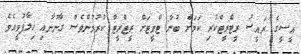
އީސީގެ ރައީސު ރީޓްރީޓްކުރި ކަމަށް ބުނާ ޓްވީޓަށް ރީޓްރީޓް ކުރުމުންވެސް ގާނޫނާއި ޚިލާފުވީއެވެ